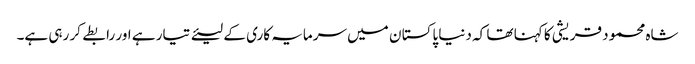
شاہ محمود قریشی کا کہنا تھا کہ دنیا پاکستا ن میں سرمایہ کاری کے لیئے تیار ہے اور رابطے کر رہی ہے۔